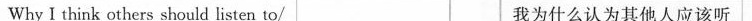
Why I think others should listen to/ 我为什么认为其他人应该听